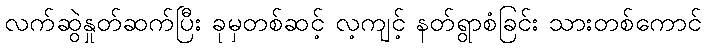
လက်ဆွဲနှုတ်ဆက်ပြီး ခုမှတစ်ဆင့် လ့ကျင့် နတ်ရွာစံခြင်း သားတစ်ကောင်